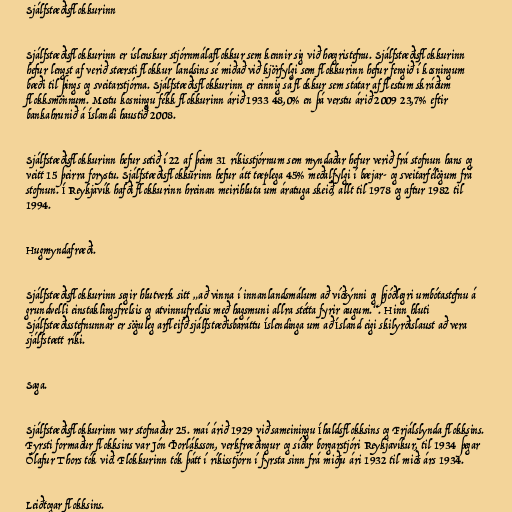
Sjálfstæðisflokkurinn

Sjálfstæðisflokkurinn er íslenskur stjórnmálaflokkur sem kennir sig við hægristefnu. Sjálfstæðisflokkurinn
hefur lengst af verið stærsti flokkur landsins sé miðað við kjörfylgi sem flokkurinn hefur fengið í kosningum
bæði til þings og sveitarstjórna. Sjálfstæðisflokkurinn er einnig sá flokkur sem státar af flestum skráðum
flokksmönnum. Mestu kosningu fékk flokkurinn árið 1933 48,0% en þá verstu árið 2009 23,7% eftir
bankahrunið á Íslandi haustið 2008.

Sjálfstæðisflokkurinn hefur setið í 22 af þeim 31 ríkisstjórnum sem myndaðar hefur verið frá stofnun hans og
veitt 15 þeirra forystu. Sjálfstæðisflokkurinn hefur átt tæplega 45% meðalfylgi í bæjar- og sveitarfélögum frá
stofnun. Í Reykjavík hafði flokkurinn hreinan meirihluta um áratuga skeið, allt til 1978 og aftur 1982 til
1994.

Hugmyndafræði.

Sjálfstæðisflokkurinn segir hlutverk sitt „að vinna í innanlandsmálum að víðsýnni og þjóðlegri umbótastefnu á
grundvelli einstaklingsfrelsis og atvinnufrelsis með hagsmuni allra stétta fyrir augum.“. Hinn hluti
Sjálfstæðisstefnunnar er söguleg arfleifð sjálfstæðisbaráttu Íslendinga um að Ísland eigi skilyrðislaust að vera
sjálfstætt ríki.

Saga.

Sjálfstæðisflokkurinn var stofnaður 25. maí árið 1929 við sameiningu Íhaldsflokksins og Frjálslynda flokksins.
Fyrsti formaður flokksins var Jón Þorláksson, verkfræðingur og síðar borgarstjóri Reykjavíkur, til 1934 þegar
Ólafur Thors tók við. Flokkurinn tók þátt í ríkisstjórn í fyrsta sinn frá miðju ári 1932 til miðs árs 1934.

Leiðtogar flokksins.